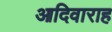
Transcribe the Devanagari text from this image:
आदिवाराह